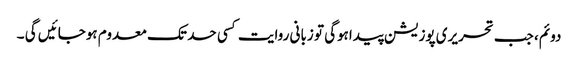
دوئم، جب تحریری پوزیشن پیداہوگی تو زبانی روایت کسی حد تک معدوم ہوجائیں گی ۔